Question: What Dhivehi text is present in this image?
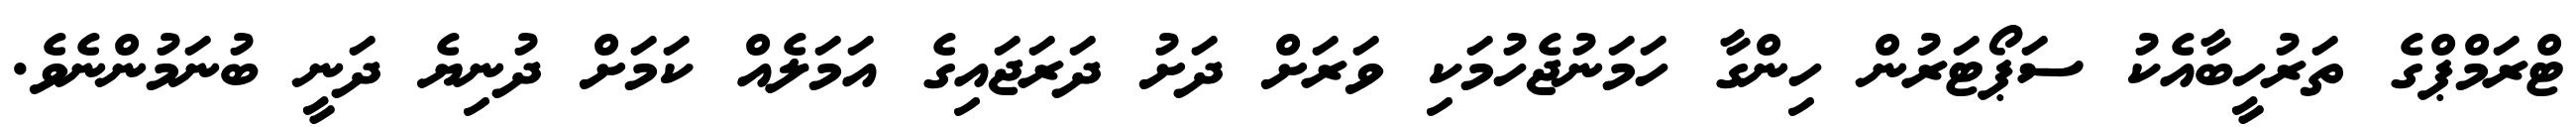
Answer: ޓްރަމްޕްގެ ތަރުހީބާއެކު ސަޕޯޓަރުން ހިންގާ ހަމަނުޖެހުމަކި ވަރަށް ދަށު ދަރަޖައިގެ އަމަލެއް ކަމަށް ދުނިޔެ ދަނީ ބުނަމުންނެވެ.